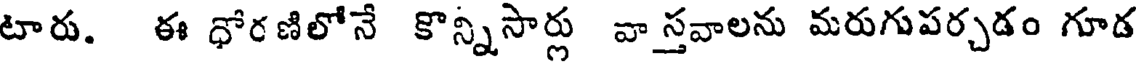
టారు. ఈ ధోరణిలోనే కొన్నిసార్లు వాస్తవాలను మరుగుపర్చడం గూడ